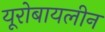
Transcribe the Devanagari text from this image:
यूरोबायलीन